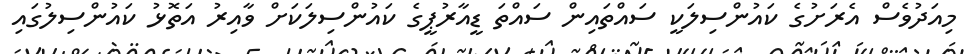
މިއަދުވެސް އެރަށުގެ ކައުންސިލަކީ ސައްތައިން ސައްތަ ޑީއާރުޕީގެ ކައުންސިލަކަށް ވާއިރު އަތޮޅު ކައުންސިލުގައި